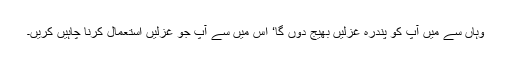
وہاں سے میں آپ کو پندرہ غزلیں بھیج دوں گا‘ اس میں سے آپ جو غزلیں استعمال کرنا چاہیں کریں۔